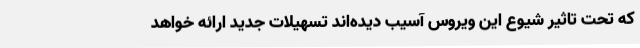
که تحت تاثیر شیوع این ویروس آسیب دیده‌اند تسهیلات جدید ارائه خواهد